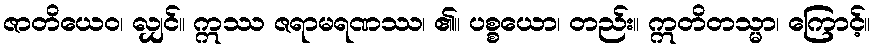
ဇာတိယေဝ၊ လျှင်။ ဣဿ ဇရာမရဏဿ၊ ၏။ ပစ္စယော၊ တည်း။ ဣတိတသ္မာ၊ ကြောင့်။